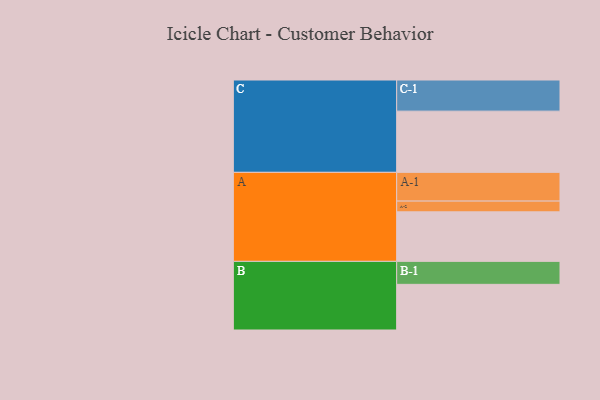
{"axis": {"x": "Segment", "y": "Value"}, "legend": ["", "A", "B", "C"], "data": [{"x": "A", "y": 474, "type": ""}, {"x": "B", "y": 437, "type": ""}, {"x": "C", "y": 586, "type": ""}, {"x": "A-1", "y": 275, "type": "A"}, {"x": "A-2", "y": 103, "type": "A"}, {"x": "B-1", "y": 220, "type": "B"}, {"x": "C-1", "y": 298, "type": "C"}]}